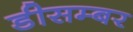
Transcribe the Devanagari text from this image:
डीसम्बर